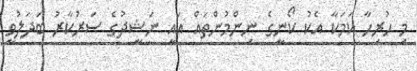
މި ހުރިހާ ކަމަކާ އެކު ކޯނީގެ ނިންމުންތައް އައީ ނަޝީދުގެ ސަރުކާރު ބަދަލުވީ